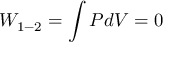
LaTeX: W _ { 1 - 2 } = \int P d V = 0